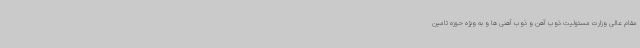
مقام عالی وزارت مسئولیت ذوب آهن و ذوب آهنی ها و به ویژه حوزه تامین